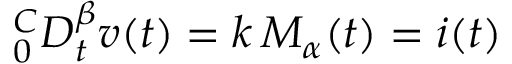
^ C _ { 0 } D _ { t } ^ { \beta } v ( t ) = k \, M _ { \alpha } ( t ) = i ( t )